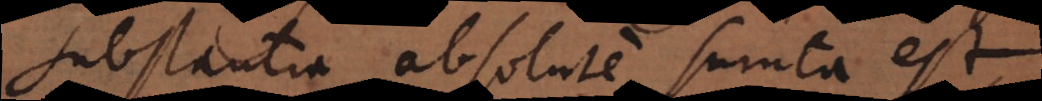
substantia absolute sumta est